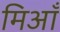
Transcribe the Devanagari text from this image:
मिआँ